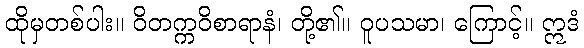
ထိုမှတစ်ပါး။ ဝိတက္ကဝိစာရာနံ၊ တို့၏။ ဝူပသမာ၊ ကြောင့်။ ဣဒံ